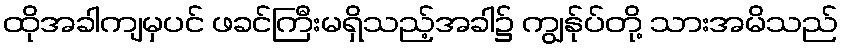
ထိုအခါကျမှပင် ဖခင်ကြီးမရှိသည့်အခါ၌ ကျွန်ုပ်တို့ သားအမိသည်